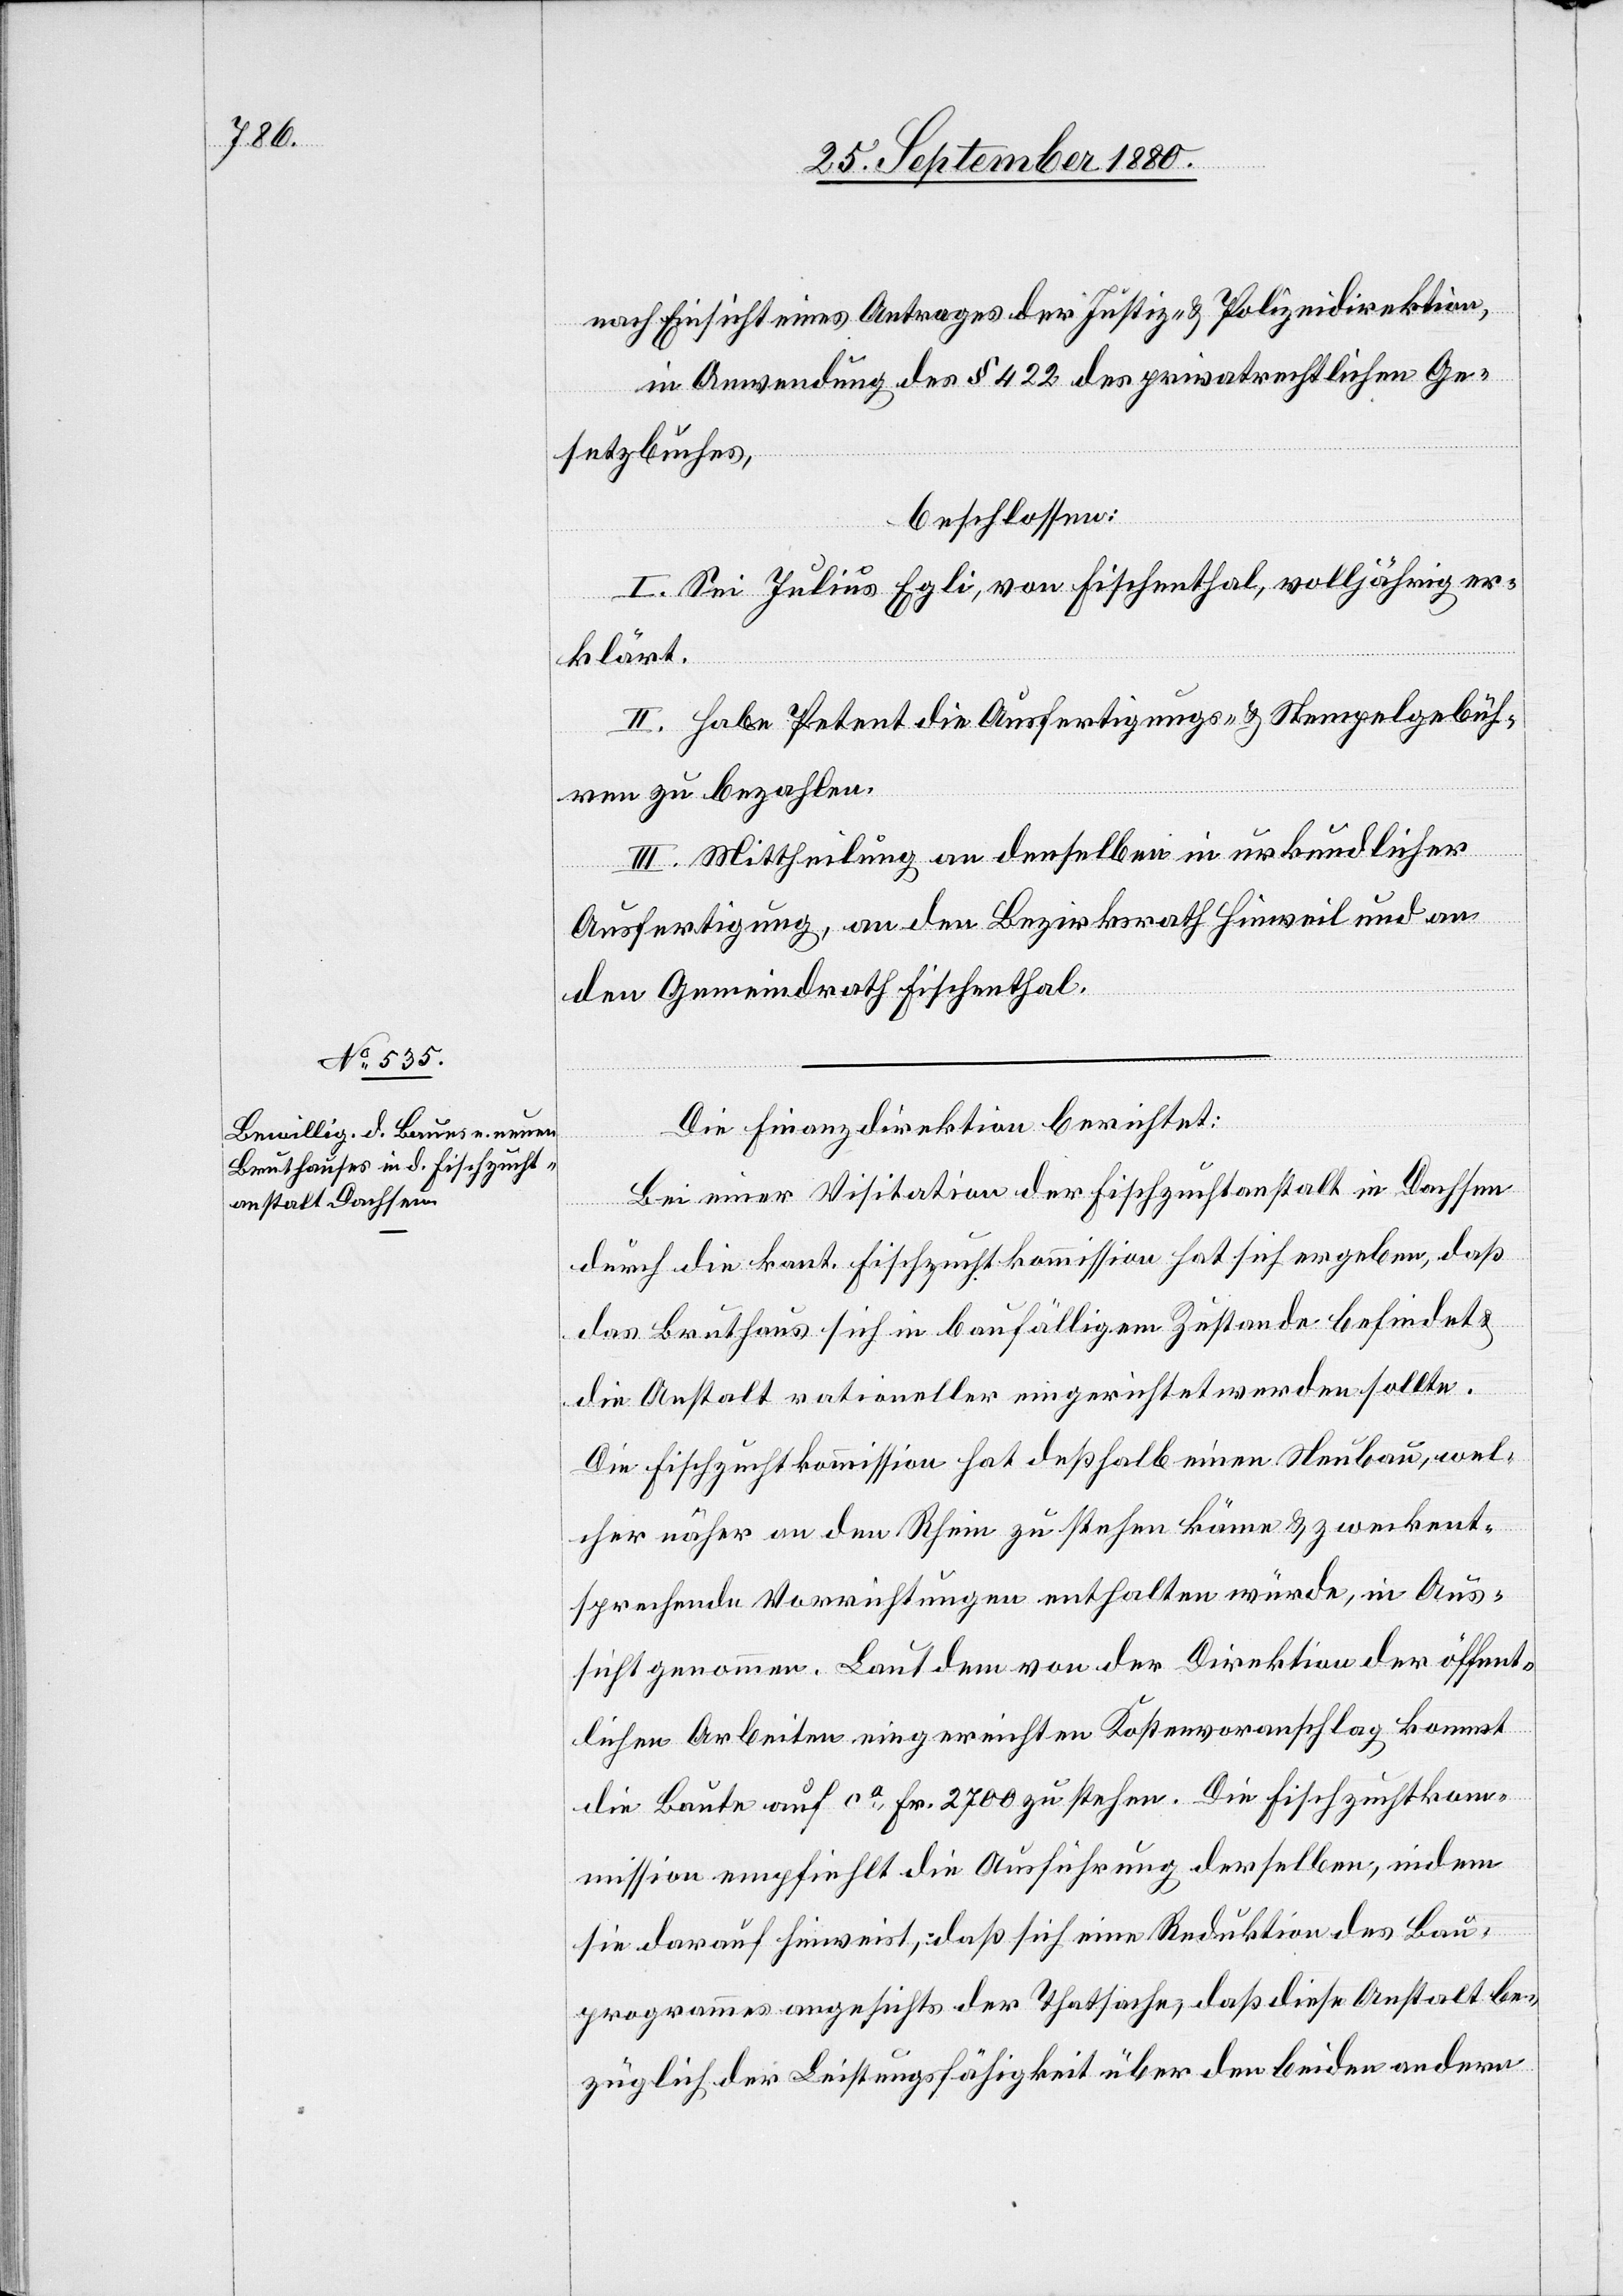
nach Einsicht eines Antrages der Justiz- & Polizeidirektion,
in Anwendung des § 423 des privatrechtlichen Ge¬
setzbuches,
beschlossen:
I. Sei Julius Egli, von Fischenthal, volljährig er¬
klärt.
II. Habe Petent die Ausfertigungs- & Stempelgebüh¬
ren zu bezahlen.
III. Mittheilung an denselben in urkundlicher
Ausfertigung, an den Bezirksrath Hinweil und an
den Gemeindrath Fischenthal.
Die Finanzdirektion berichtet:
Bei einer Visitation der Fischzuchtanstalt in Dachsen
durch die kant. Fischzuchtkommission hat sich ergeben, daß
das Bruthaus sich in baufälligem Zustande befindet &
die Anstalt rationeller eingerichtet werden sollte.
Die Fischzuchtkommission hat deßhalb einen Neubau, wel¬
cher näher an den Rhein zu stehen käme & zweckent¬
sprechende Vorrichtungen enthalten würde, in Aus¬
sicht genommen. Laut dem von der Direktion der öffent¬
lichen Arbeiten eingereichten Kostenvoranschlag kommt
die Baute auf ca Fr. 2700 zu stehen. Die Fischzuchtkom¬
mission empfiehlt die Ausführung derselben, indem
sie darauf hinweist, daß sich eine Reduktion des Bau¬
programmes angesichts der Thatsache, daß diese Anstalt be¬
züglich der Leistungsfähigkeit über den beiden andern